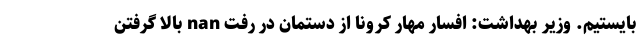
بایستیم. وزیر بهداشت: افسار مهار کرونا از دستمان در رفت nan بالا گرفتن